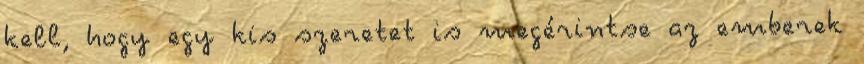
kell, hogy egy kis szeretet is megérintse az emberek